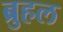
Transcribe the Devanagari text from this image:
ब्रुहल